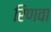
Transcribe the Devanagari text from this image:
रिणवा